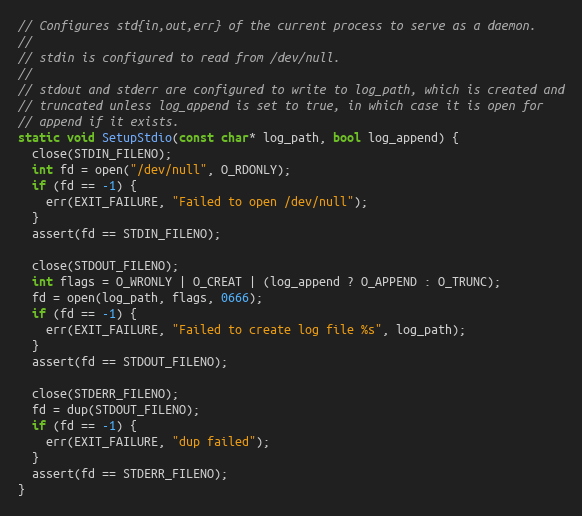
Language: C
// Configures std{in,out,err} of the current process to serve as a daemon.
//
// stdin is configured to read from /dev/null.
//
// stdout and stderr are configured to write to log_path, which is created and
// truncated unless log_append is set to true, in which case it is open for
// append if it exists.
static void SetupStdio(const char* log_path, bool log_append) {
  close(STDIN_FILENO);
  int fd = open("/dev/null", O_RDONLY);
  if (fd == -1) {
    err(EXIT_FAILURE, "Failed to open /dev/null");
  }
  assert(fd == STDIN_FILENO);

  close(STDOUT_FILENO);
  int flags = O_WRONLY | O_CREAT | (log_append ? O_APPEND : O_TRUNC);
  fd = open(log_path, flags, 0666);
  if (fd == -1) {
    err(EXIT_FAILURE, "Failed to create log file %s", log_path);
  }
  assert(fd == STDOUT_FILENO);

  close(STDERR_FILENO);
  fd = dup(STDOUT_FILENO);
  if (fd == -1) {
    err(EXIT_FAILURE, "dup failed");
  }
  assert(fd == STDERR_FILENO);
}